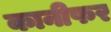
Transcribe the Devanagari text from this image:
कानीफर